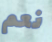
نعم